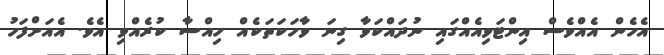
އެހެން އެއްވެސް އިންޓަވިއެއްގައި ނުދައްކަވާ ގިނަ ވާހަކަތަކެއް ހިއްސާ ކުރެއްވި އެވެ. އެއަށްފަހު